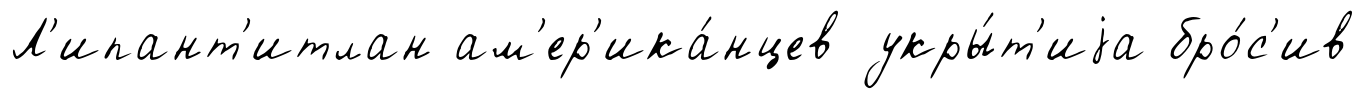
Л'ипант'итлан ам'ер'ика́нцев укры́т'иjа бро́с'ив